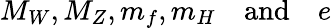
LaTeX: M_{W},M_{Z},m_{f},m_{H}\quad\mathrm{and}\quad e